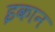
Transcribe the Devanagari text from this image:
इकान